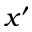
x ^ { \prime }